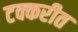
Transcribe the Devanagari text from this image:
टक्करीत